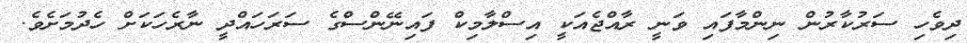
ދިވެހި ސަރުކާރުން ނިންމާފައި ވަނީ ރާއްޖެއަކީ އިސްލާމިކް ފައިނޭންސްގެ ސަރަހައްދީ ނާރެހަކަށް ހެދުމަށެވެ.